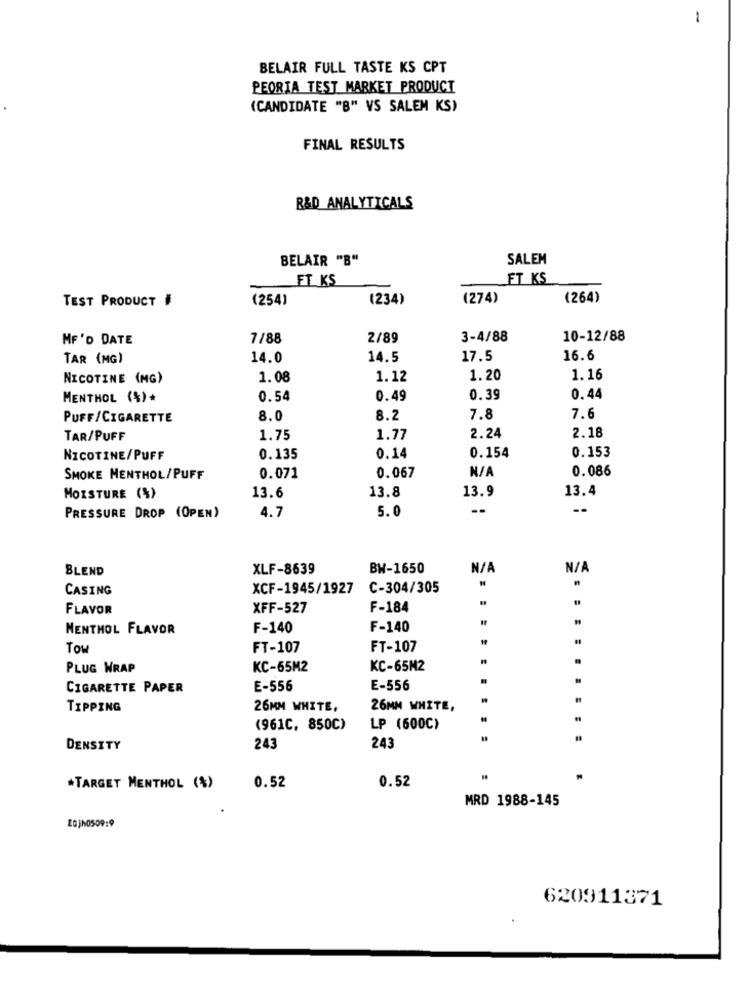
1
BELAIR FULL TASTE KS CPT
PEORIA TEST MARKET PRODUCT
(CANDIDATE "B" VS SALEM KS)
FINAL RESULTS
R&D ANALYTICALS
BELAIR "B"
SALEM
FT KS
FT KS
(254)
(234)
(274)
(264)
TEST PRODUCT #
MF'D DATE
7/88
2/89
3-4/88
10-12/88
TAR (MG)
14.0
14.5
17.5
16.6
NICOTINE (MG)
1.08
1.12
1.20
1.16
MENTHOL (%)*
0.54
0.49
0.39
0.44
PUFF/CIGARETTE
8.0
8.2
7.8
7.6
TAR/PUFF
1.75
1.77
2.24
2.18
0.153
NICOTINE/PUFF
0.135
0.14
0.154
0.086
SMOKE MENTHOL/PUFF
0.071
0.067
13.8
13.4
MOISTURE (%)
13.6
13.9
4.7
5.0
--
--
PRESSURE DROP (OPEN)
BLEND
XLF-8639
BW-1650
CASING
XCF-1945/1927
C-304/305
FLAVOR
XFF-527
F-184
NENTHOL FLAVOR
F-140
F-140
Tow
FT-107
FT-107
PLUG WRAP
KC-65M2
KC-65M2
CIGARETTE PAPER
E-556
E-556
TIPPING
26MM WHITE,
26MM WHITE,
(961C, 850C)
LP (600C)
DENSITY
243
243
0.52
0.52
*TARGET MENTHOL (%)
MRD 1988-145
620911371